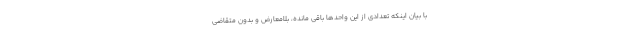
با بیان اینکه تعدادی از این واحدها باقی مانده، بلامعارض و بدون متقاضی